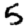
Digit: 5